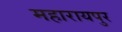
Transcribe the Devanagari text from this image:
महारायपुर